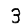
Digit: 3